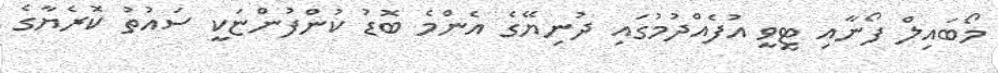
މޯބައިލް ފޯނާއި ޓީވީ އުފެއްދުމުގައި ދުނިޔޭގެ އެންމެ ބޮޑު ކުންފުންޏަކީ ސައުތު ކޮރެޔާގެ